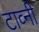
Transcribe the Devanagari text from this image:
टाव्नी